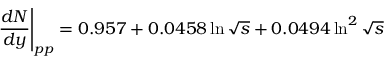
\frac { d N } { d y } \Bigg \vert _ { p p } = 0 . 9 5 7 + 0 . 0 4 5 8 \ln { \sqrt { s } } + 0 . 0 4 9 4 \ln ^ { 2 } { \sqrt { s } }